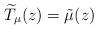
LaTeX: \begin{align*}\widetilde T_\mu(z) = \tilde \mu (z)\end{align*}